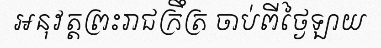
អនុវត្តព្រះរាជក្រឹត្រ ចាប់ពីថ្ងៃឡាយ